Report on vaccination North-West Frontier Province 1904-1922 - 1904-1922
Year: 1904
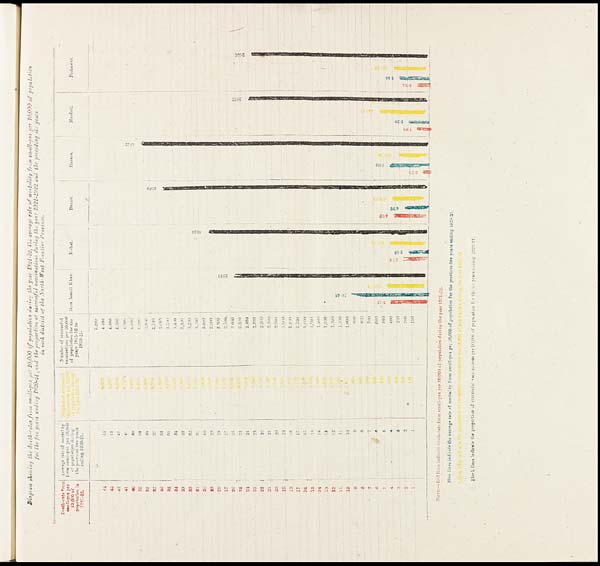
Diagram showing the death-rates from small-pox per 10,000 of population during the year 1921-22, the average rate of mortality from small-pox per 10,000 of population
for the five years ending 1920-21, and the proportion of successful vaccinations during the year 1921-1922 and the preceding six years
in each district of the North-West Frontier Province.